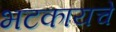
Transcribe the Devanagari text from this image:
भटकायचे